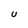
Character: U